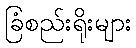
ခြံစည်းရိုးများ